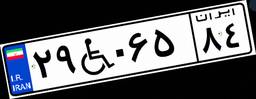
۲۹W۰۶۵۸۴